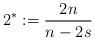
LaTeX: \begin{align*}2^*:=\frac{2n}{n-2s}\end{align*}